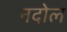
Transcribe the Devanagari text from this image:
नदोल